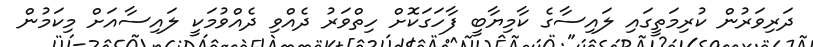
ދަރިވަރުން ކުރިމަތީގައި ލައިސާގެ ކާމިޔާބީ ފާހަގަކޮށް ހިތްވަރު ދެއްވި ދެއްވުމަކީ ލައިސާއަށް މިކަމުން